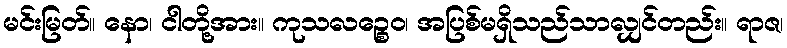
မင်းမြတ်။ နော၊ ငါတို့အား။ ကုသလဉ္စေဝ၊ အပြစ်မရှိသည်သာလျှင်တည်း။ ရာဇ၊